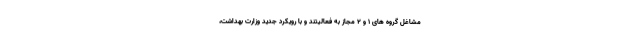
مشاغل گروه های ۱ و ۲ مجاز به فعالیتند و با رویکرد جدید وزارت بهداشت،